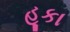
હૂકા